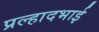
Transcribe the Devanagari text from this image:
प्रल्हादभाई